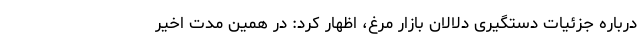
درباره جزئیات دستگیری دلالان بازار مرغ، اظهار کرد: در همین مدت اخیر